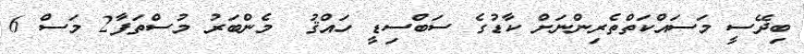
ބިދޭސީ މަސައްކަތްތެރިންނަށް ކާޑުގެ ސަބްސިޑީ ހައްޤު  މެންބަރު މުސްތަފާ2 މަސް 6